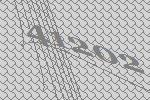
41202